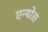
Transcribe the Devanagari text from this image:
एन्योस